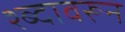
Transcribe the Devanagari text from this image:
श्ब्दावरून